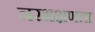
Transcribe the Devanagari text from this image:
नरभक्षणता